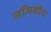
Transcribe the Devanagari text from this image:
जमिनीय